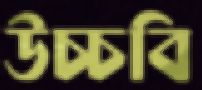
উচ্চবি